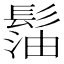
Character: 𩭶